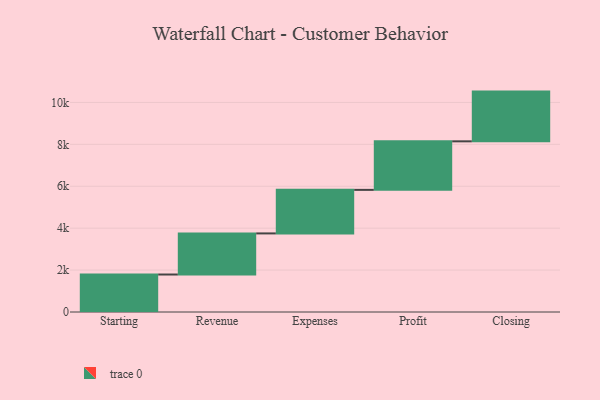
{"axis": {"x": "Step", "y": "Value"}, "legend": [""], "data": [{"x": "Starting", "y": 1789.0, "type": ""}, {"x": "Revenue", "y": 1961.0, "type": ""}, {"x": "Expenses", "y": 2077.0, "type": ""}, {"x": "Profit", "y": 2316.0, "type": ""}, {"x": "Closing", "y": 2373.0, "type": ""}]}